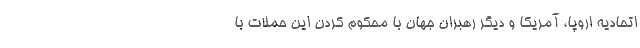
اتحادیه اروپا، آمریکا و دیگر رهبران جهان با محکوم کردن این حملات با